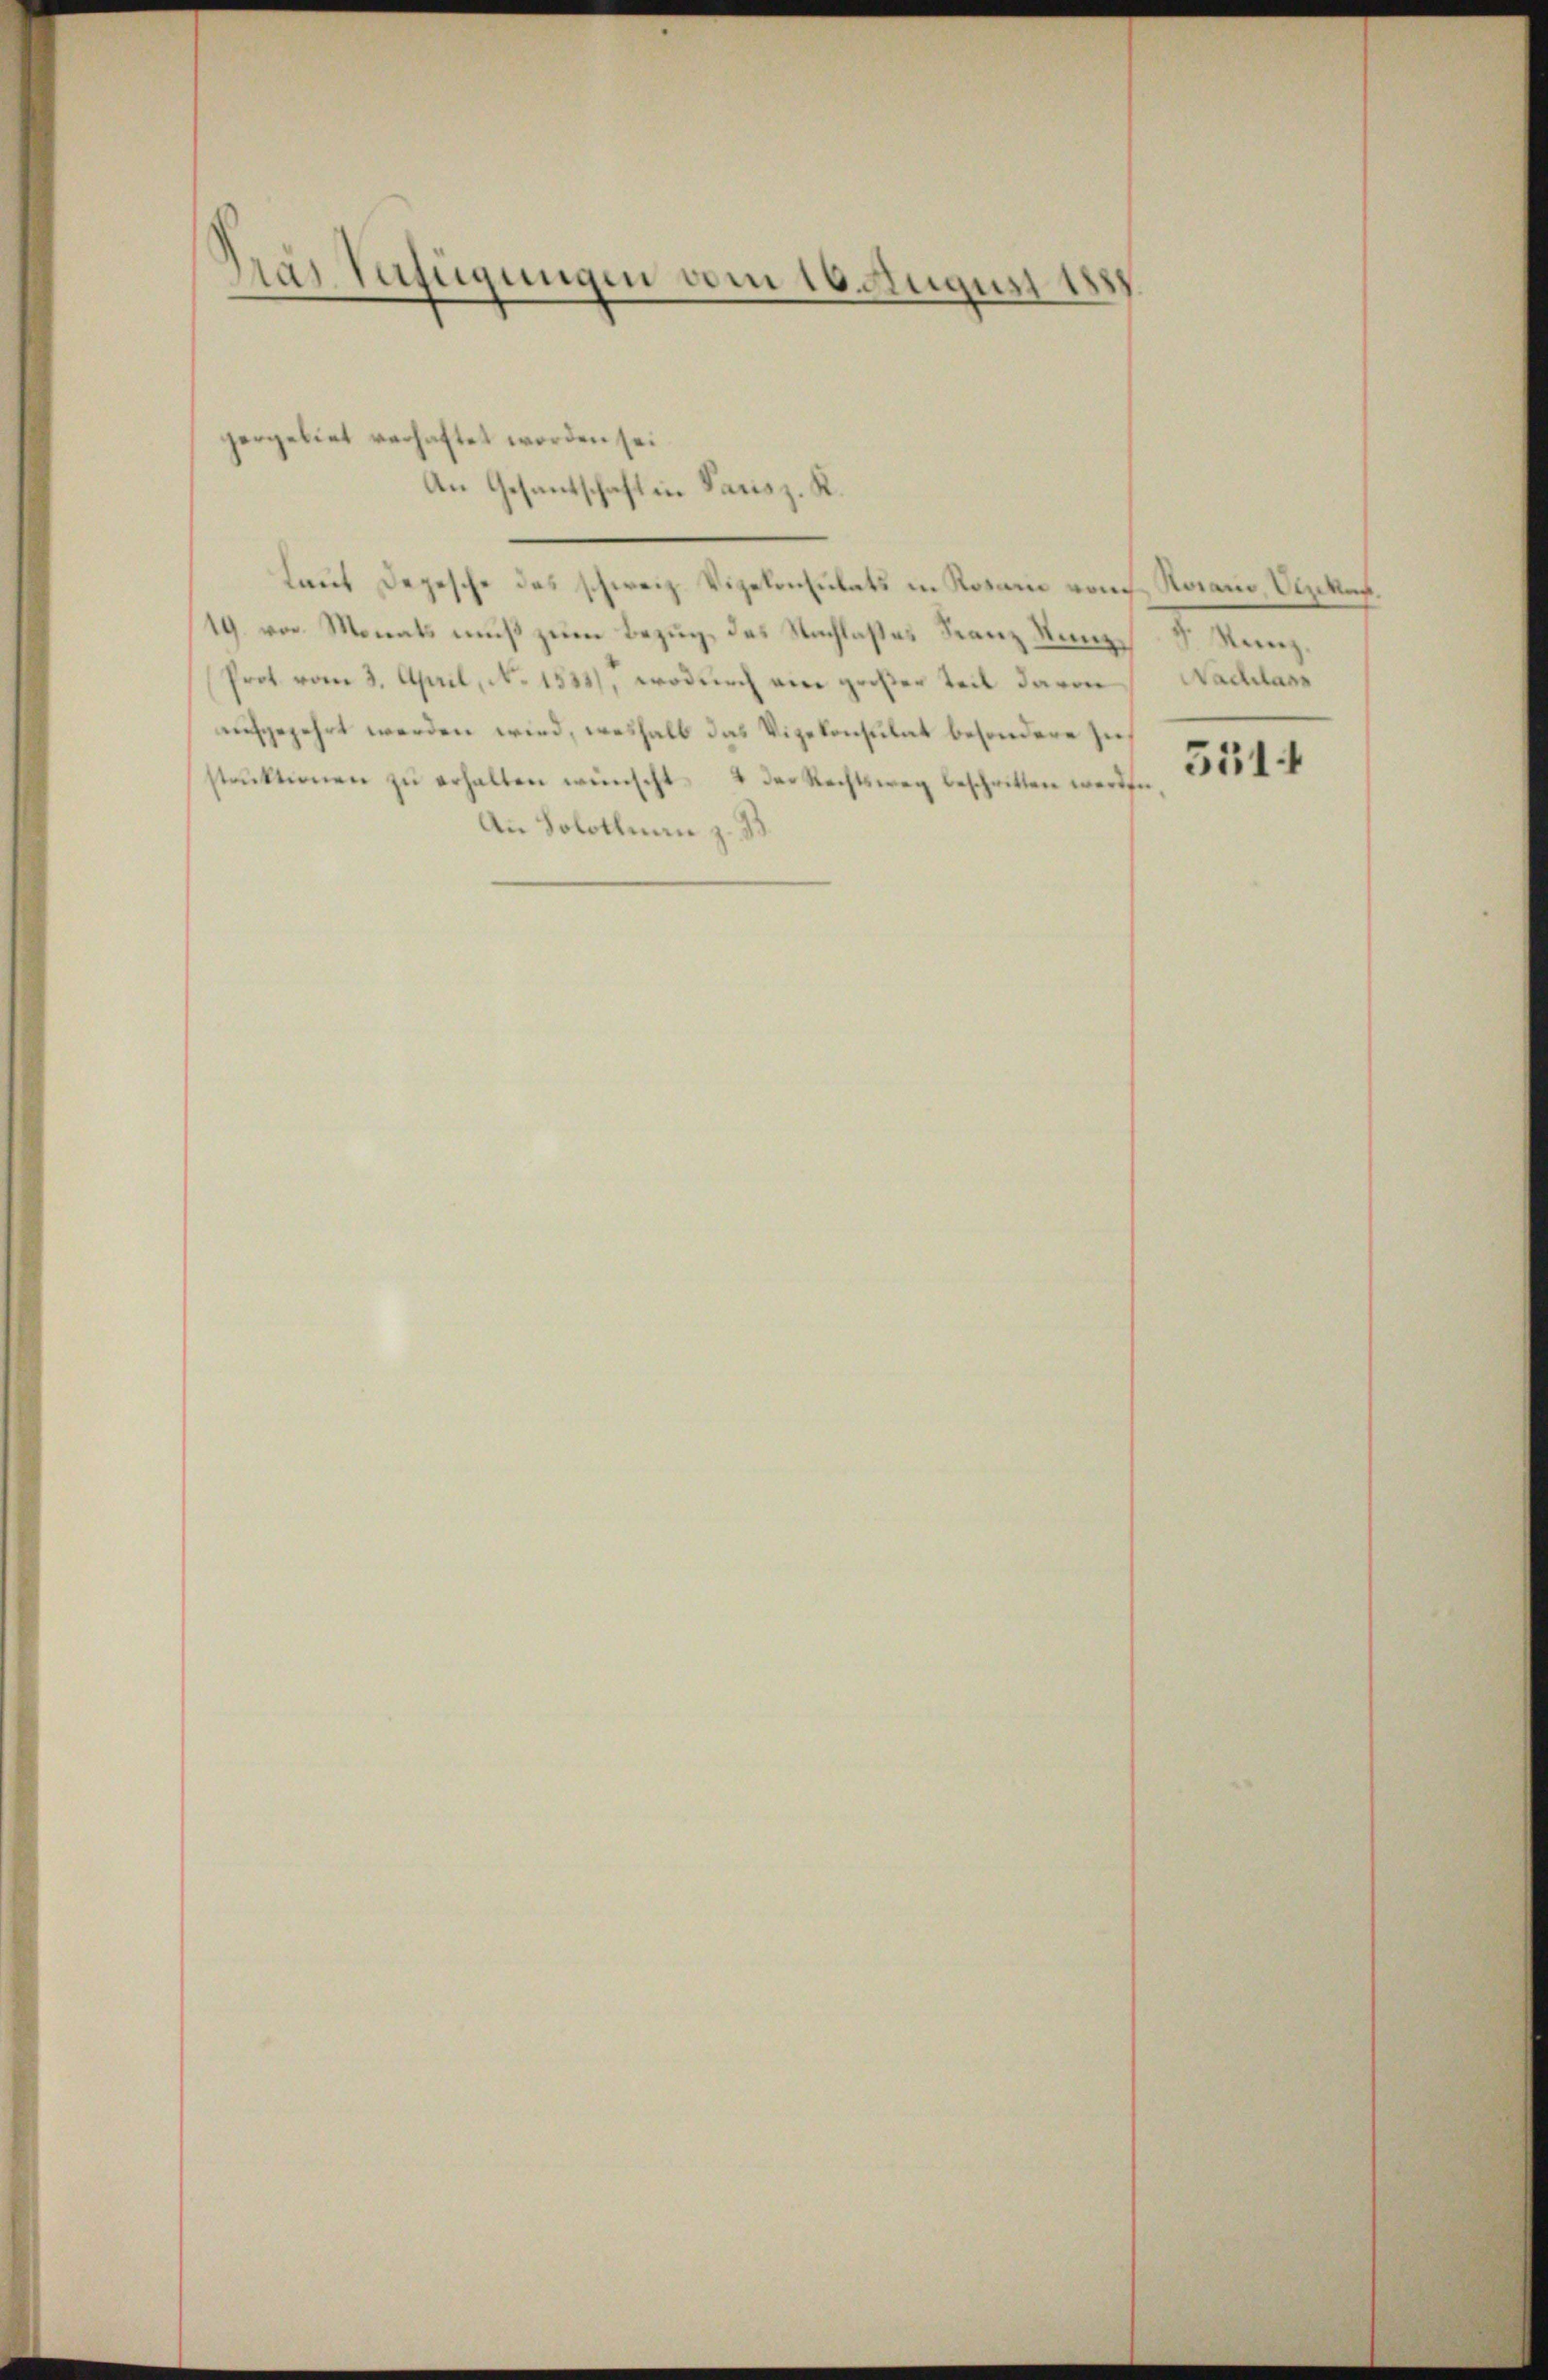
Pras Zufügungen vom 16. Augi

gergebiet verhaftet worden sei
An Gesantschaft in Parisz. K.
laut Depesche des schweiz. Vizekonsulats in Notarii von Romano, Itzikon.
19. von Monats muß zum Bezug, des Nachlaßes Franz Kunz Sr. Kanz¬
Prot. vom 3. April, No 1534), wodurch eine großer Teil davon Nachlass
aufgezehrt werden wird, weshalb das Vizekonsulat besondere Ziestrŭktionen zŭ erhalten wünscht. & der Rechtsweg beschritten werden
An Solothurn z. B.

5514